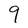
Character: 9